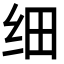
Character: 细